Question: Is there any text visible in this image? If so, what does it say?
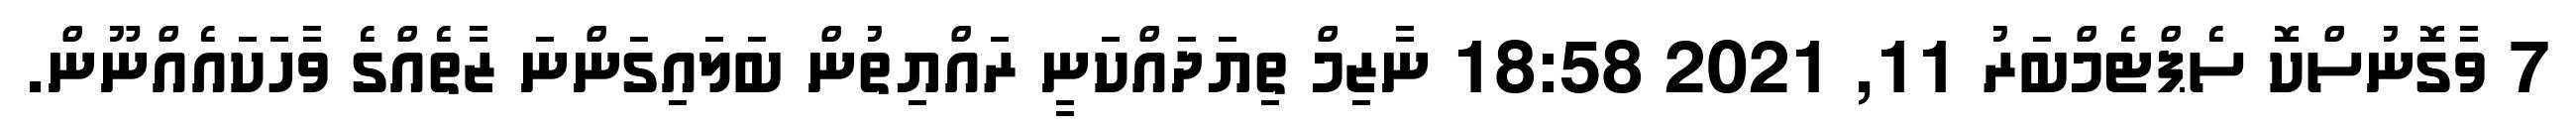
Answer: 7 ވާގޮނުސްކޮ ސެޕްޓެމްބަރު 11, 2021 18:58 ނާޒިމް ތިޔަދައްކަނީ ރައްޔިތުން ބަލައިގަންނަ ޒާތެއްގެ ވާހަކައެއްނޫން.